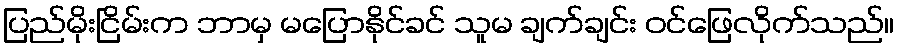
ပြည်မိုးငြိမ်းက ဘာမှ မပြောနိုင်ခင် သူမ ချက်ချင်း ဝင်ဖြေလိုက်သည်။